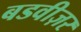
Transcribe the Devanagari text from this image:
बडवीज़र